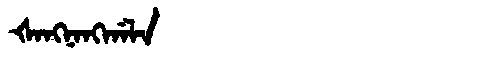
Manchu: ᡧᠠᠩᠨᠠᠩᡤᠠᠯᠠ
Romanization: ŠANGNANGGALA